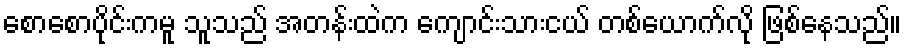
စောစောပိုင်းကမူ သူသည် အတန်းထဲက ကျောင်းသားငယ် တစ်ယောက်လို ဖြစ်နေသည်။